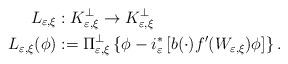
LaTeX: \begin{align*}L_{\varepsilon,\xi} & :K_{\varepsilon,\xi}^{\bot}\rightarrow K_{\varepsilon,\xi}^{\bot}\\L_{\varepsilon,\xi}(\phi) & :=\Pi_{\varepsilon,\xi}^{\bot}\left\{\phi-i_{\varepsilon}^{\ast}\left[ b(\cdot)f^{\prime}(W_{\varepsilon,\xi})\phi\right] \right\} .\end{align*}